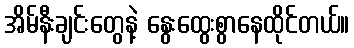
အိမ်နီးချင်းတွေနဲ့ နွေးထွေးစွာနေထိုင်တယ်။